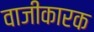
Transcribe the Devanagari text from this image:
वाजीकारक